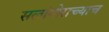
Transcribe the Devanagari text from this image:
सलांगोराच्याच